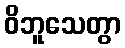
ဝိဘူသေတွာ